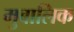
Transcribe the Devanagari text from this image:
मुबालिक